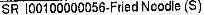
SR I00100000056-FRIED NOODLE(S)